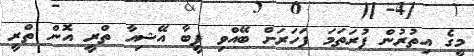
މީގެ އިތުރުން ފުރަތަމަ ފަހަރަށް ބޭއްވި ފީބާ އޭޝިއާ ތްރީ އޮން ތްރީ